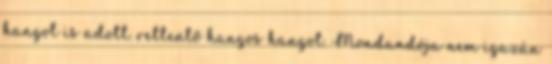
hangot is adott. rettentő hangos hangot. Mondandója nem igazán